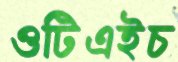
ওটিএইচ